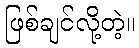
ဖြစ်ချင်လို့တဲ့။